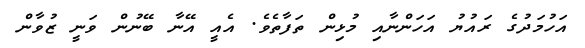
އަހުމަދުގެ ރައުޔު އަހަންނާއި މުޅިން ތަފާތެވެ. އެއީ އޭނާ ބޭނުން ވަނީ ޒުވާން